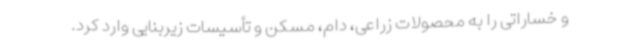
و خساراتی را به محصولات زراعی، دام، مسکن و تأسیسات زیربنایی وارد کرد.